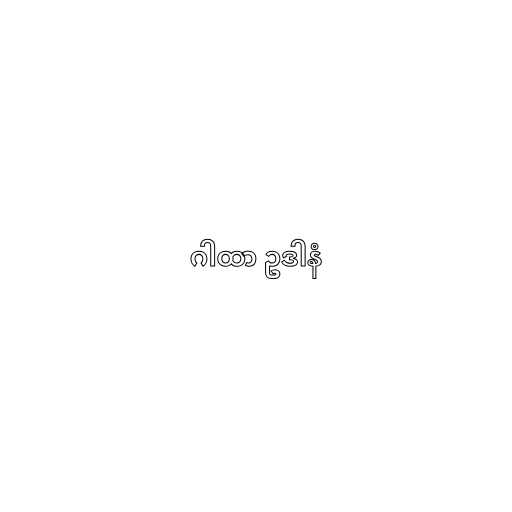
ဂါထာ ဥဒါနံ